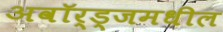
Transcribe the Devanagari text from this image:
अवॉर्ड्‌जमधील